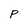
Character: P